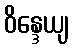
ဝိန္ဒေယျ